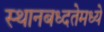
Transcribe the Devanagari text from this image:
स्थानबध्दतेमध्ये